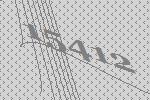
15412